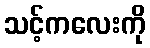
သင့်ကလေးကို